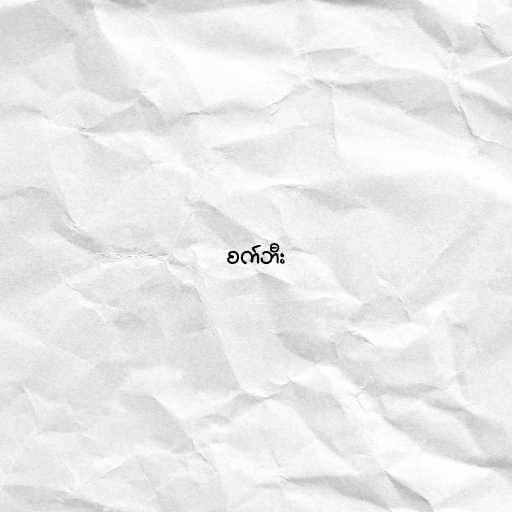
စက်ဘီး